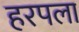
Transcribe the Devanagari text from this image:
हरपला